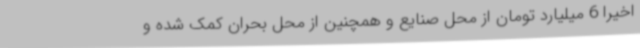
اخیرا 6 میلیارد تومان از محل صنایع و همچنین از محل بحران کمک شده و